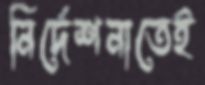
নির্দেশনাতেই